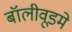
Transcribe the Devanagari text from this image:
बॉलीवूडमे